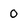
Character: 0